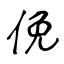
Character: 俛